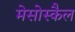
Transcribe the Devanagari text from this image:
मेसोस्कैल